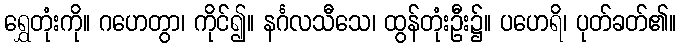
ရွှေတုံးကို။ ဂဟေတွာ၊ ကိုင်၍။ နင်္ဂလသီသေ၊ ထွန်တုံးဦး၌။ ပဟေရိ၊ ပုတ်ခတ်၏။